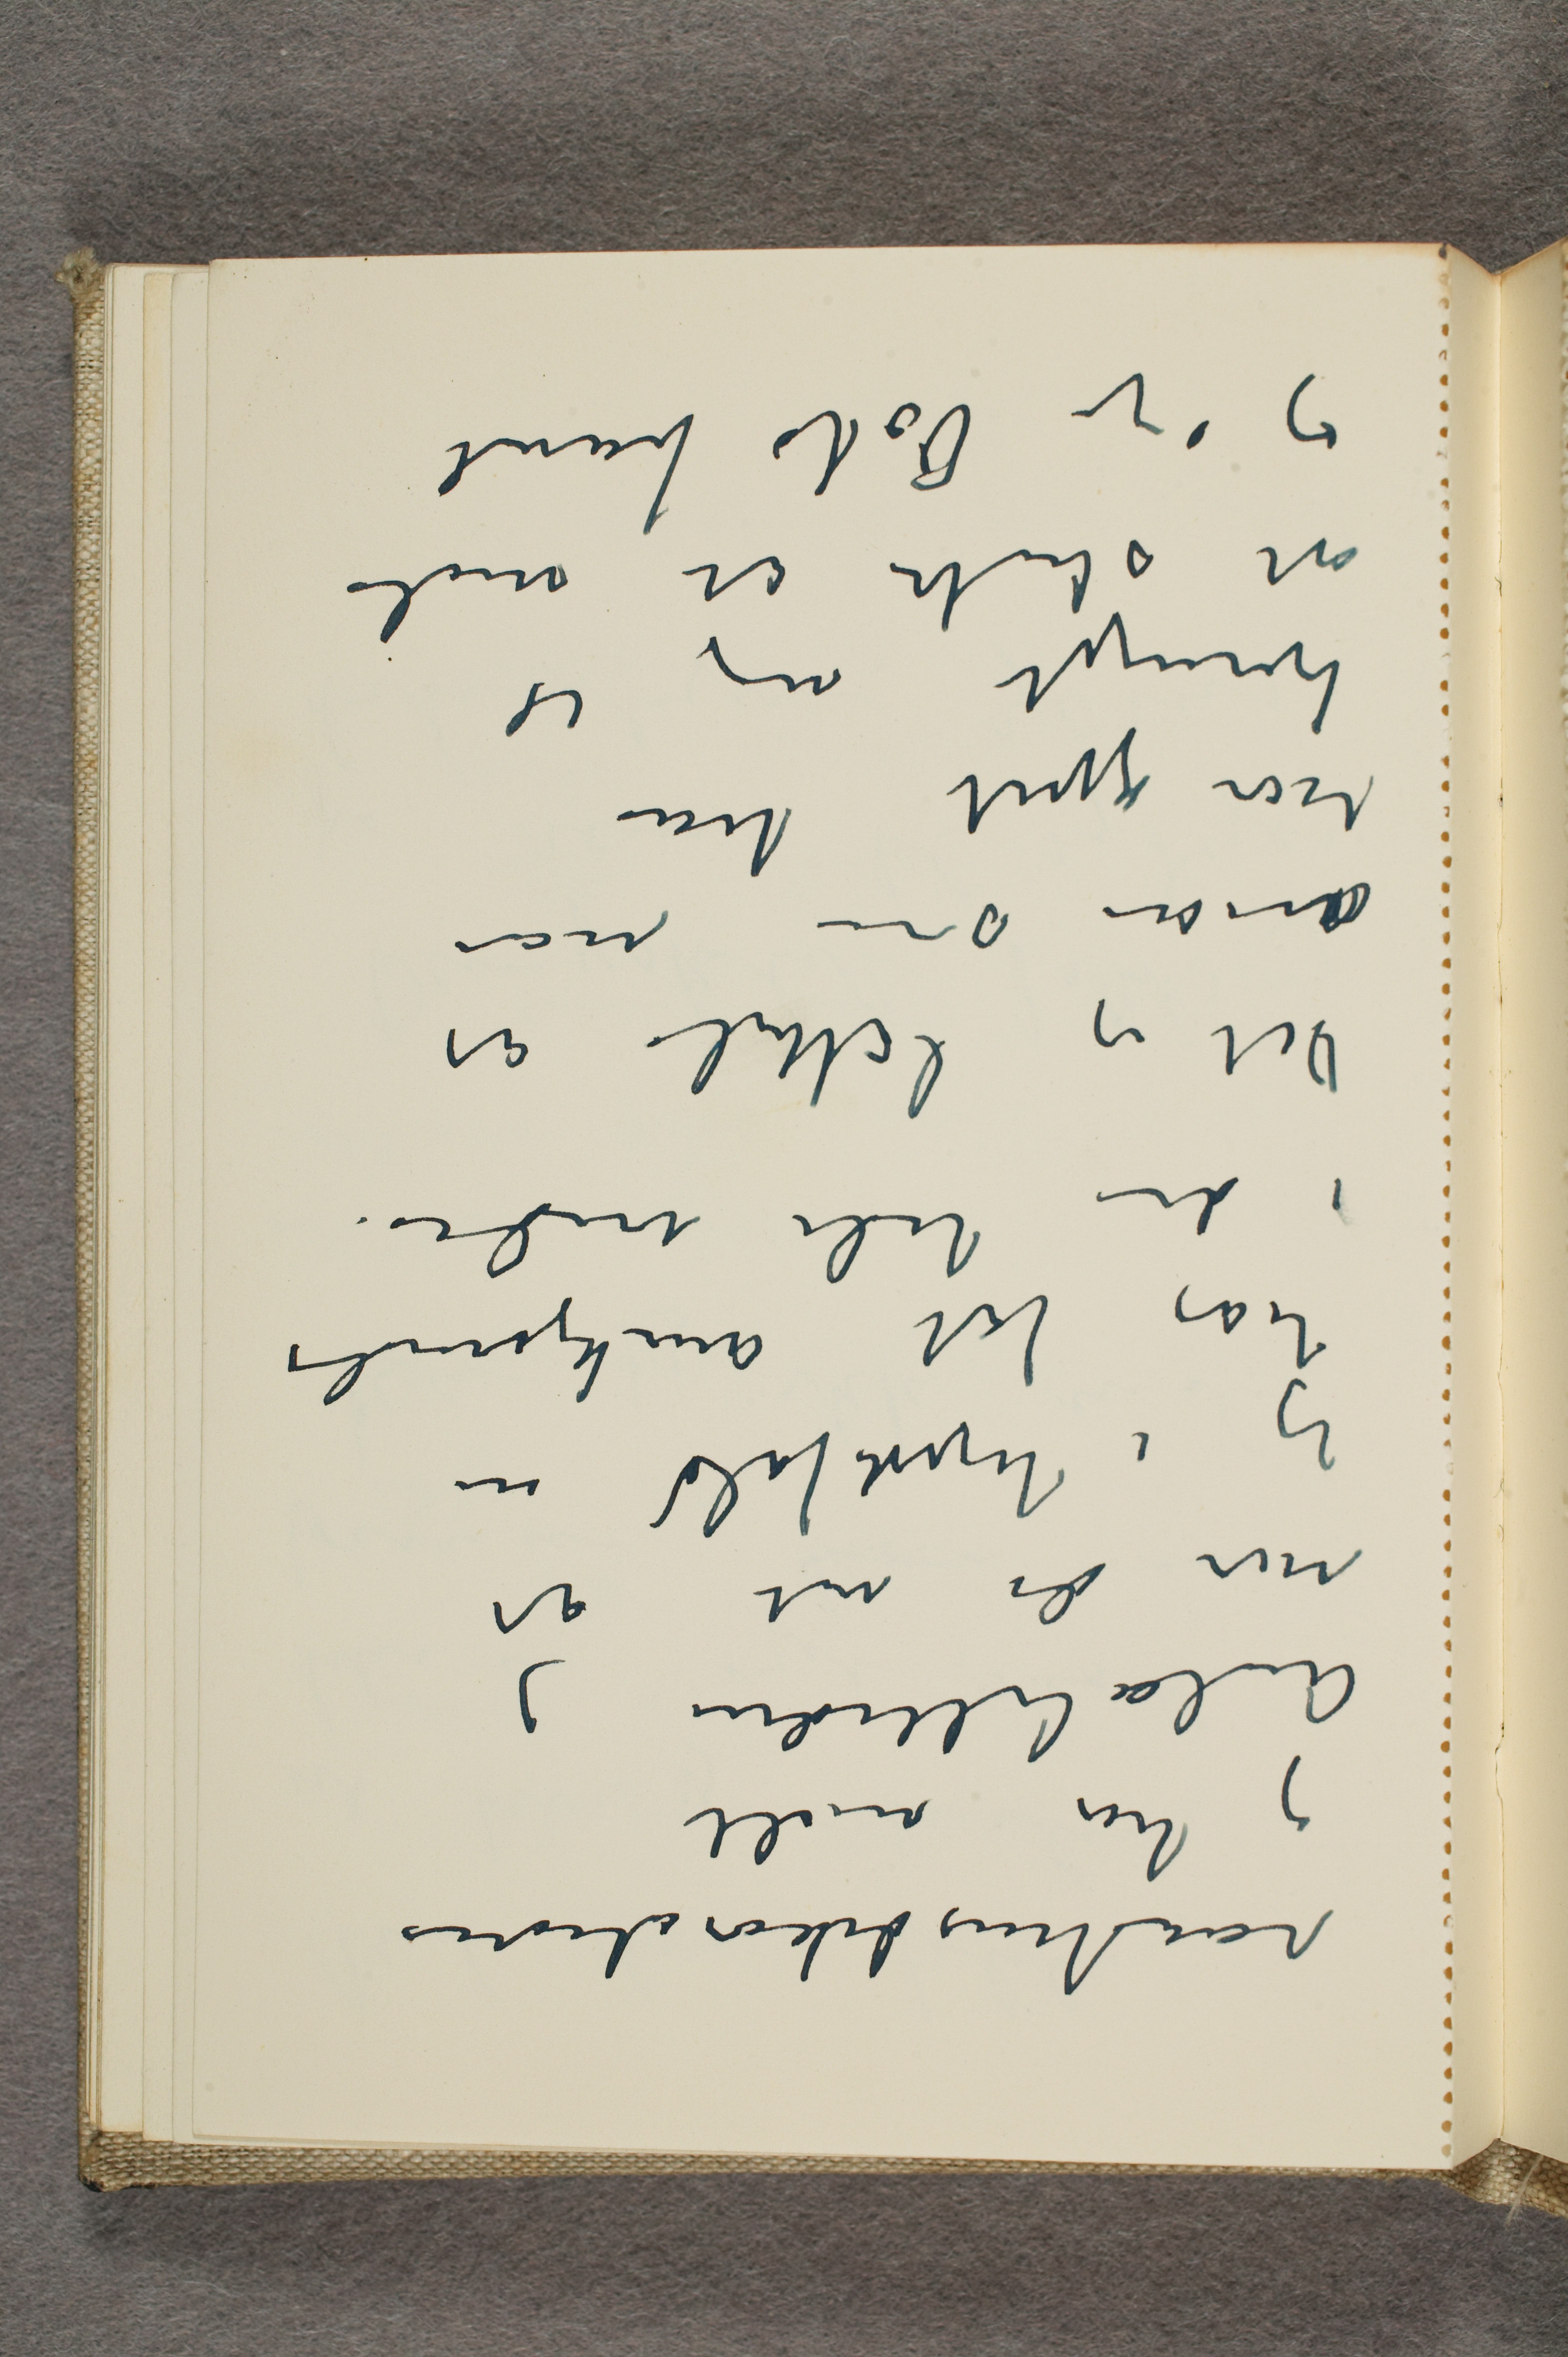
raadhusdekorationer
og har malt
Aulabillederne og
når de vet at
jeg ihvertfald nu
har fåt anerkjendelse
i den hele verden.
Det er latterli at
man som nå
har gjort har
tvunget mig til
at slutte at male
og sige Oslo farvel